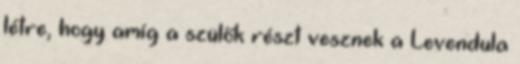
létre, hogy amíg a szülők részt vesznek a Levendula